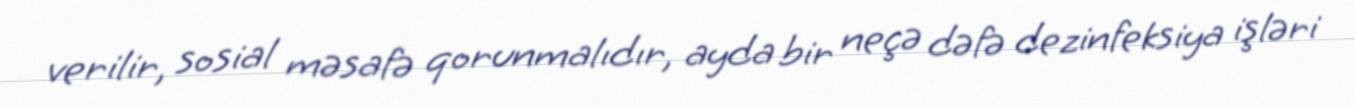
verilir, sosial məsafə qorunmalıdır, ayda bir neçə dəfə dezinfeksiya işləri